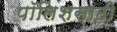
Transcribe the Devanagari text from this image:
पॉलिशसाठी